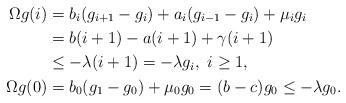
LaTeX: \begin{align*} \Omega g(i)&=b_i(g_{i+1}-g_i)+a_i(g_{i-1}-g_i)+\mu_ig_i\\ &=b(i+1)-a(i+1)+\gamma (i+1)\\ &\leq -\lambda(i+1)=-\lambda g_i, \ i\geq 1,\\ \Omega g(0)&=b_0(g_1-g_0)+\mu_0 g_0=(b-c)g_0\leq -\lambda g_0. \end{align*}